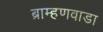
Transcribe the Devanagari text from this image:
ब्राम्हणवाडा